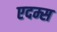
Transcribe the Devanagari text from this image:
एदम्स